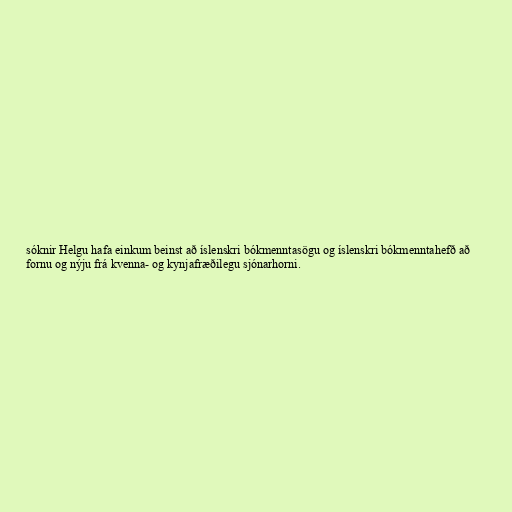
sóknir Helgu hafa einkum beinst að íslenskri bókmenntasögu og íslenskri bókmenntahefð að
fornu og nýju frá kvenna- og kynjafræðilegu sjónarhorni.